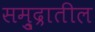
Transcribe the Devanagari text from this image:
समु्द्रातील